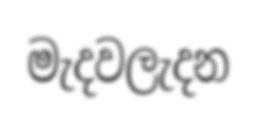
මැදවලැදන